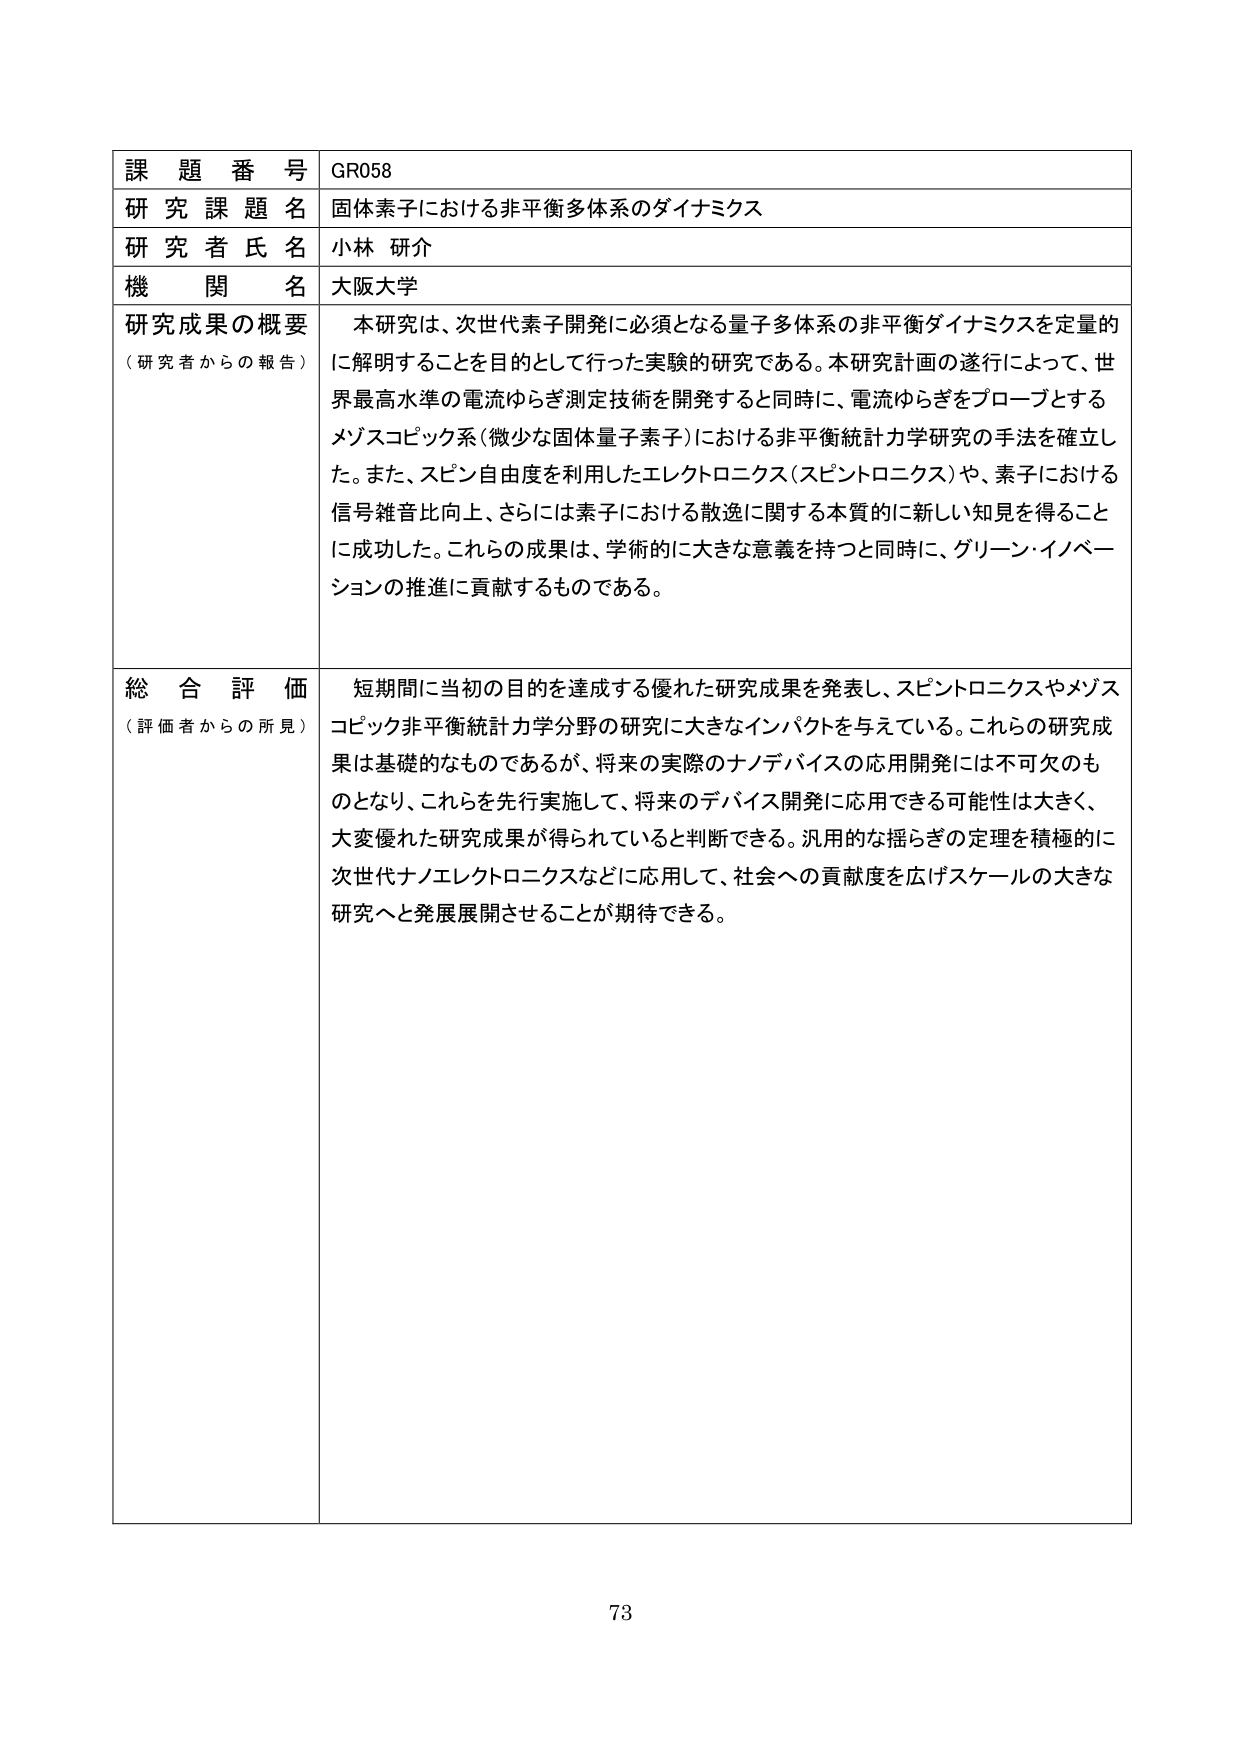
課題番号 GR058
研究課題名 固体素子における非平衡多体系のダイナミクス
研究者氏名 小林 研介
機関名 大阪大学
研究成果の概要（研究者からの報告） 本研究は、次世代素子開発に必須となる量子多体系の非平衡ダイナミクスを定量的に解明することを目的として行った実験的研究である。本研究計画の遂行によって、世界最高水準の電流ゆらぎ測定技術を開発すると同時に、電流ゆらぎをプローブとするメゾスコピック系（微少な固体量子素子）における非平衡統計力学研究の手法を確立した。また、スピン自由度を利用したエレクトロニクス（スピントロニクス）や、素子における信号雑音比向上、さらには素子における散逸に関する本質的に新しい知見を得ることに成功した。これらの成果は、学術的に大きな意義を持つと同時に、グリーン・イノベーションの推進に貢献するものである。
総合評価（評価者からの所見） 短期間に当初の目的を達成する優れた研究成果を発表し、スピントロニクスやメゾスコピック非平衡統計力学分野の研究に大きなインパクトを与えている。これらの研究成果は基礎的なものであるが、将来の実際のナノデバイスの応用開発には不可欠のものとなり、これらを先行実施して、将来のデバイス開発に応用できる可能性は大きく、大変優れた研究成果が得られていると判断できる。汎用的な揺らぎの定理を積極的に次世代ナノエレクトロニクスなどに応用して、社会への貢献度を広げスケールの大きな研究へと発展展開させることが期待できる。
73